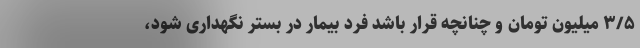
۳/۵ میلیون تومان و چنانچه قرار باشد فرد بیمار در بستر نگهداری شود،